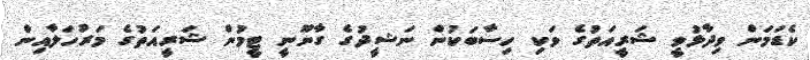
ކެޑަމަން ވިދާޅުވީ ޝަރީއަތުގެ ވަކި ހިސާބަކުން ނަޝީދުގެ ގާނޫނީ ޓީމުން ޝަރީއަތުގެ މަރުހަލާއިން